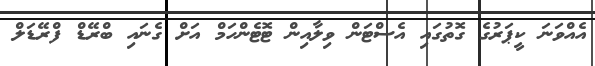
އެއްވަނަ ކީޕަރުގެ ގޮތުގައި އެސްޓަން ވިލާއިން ޓޮޓެންހަމް އަށް ގެނައި ބްރޭޑް ފްރޭޑަލް